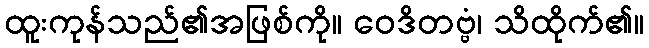
ထူးကုန်သည်၏အဖြစ်ကို။ ဝေဒိတဗ္ဗံ၊ သိထိုက်၏။